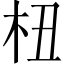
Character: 杻